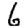
Digit: 6